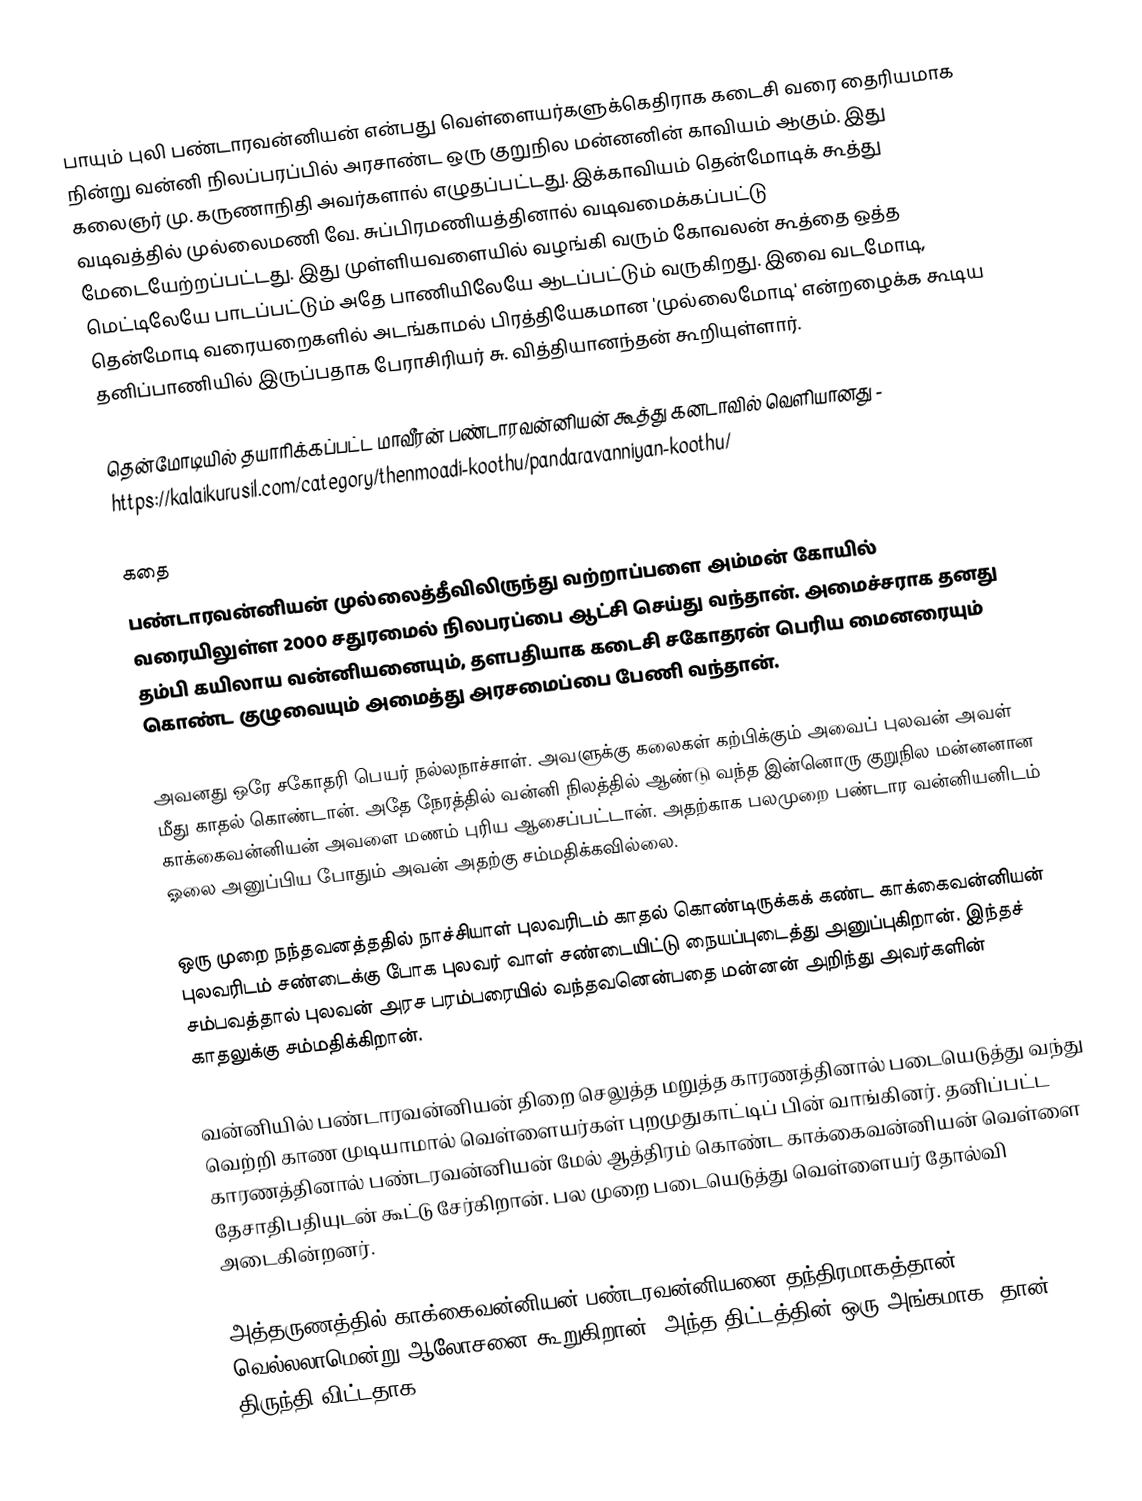
பாயும் புலி பண்டாரவன்னியன் என்பது வெள்ளையர்களுக்கெதிராக கடைசி வரை தைரியமாக நின்று வன்னி நிலப்பரப்பில் அரசாண்ட ஒரு குறுநில மன்னனின் காவியம் ஆகும். இது கலைஞர் மு. கருணாநிதி அவர்களால் எழுதப்பட்டது. இக்காவியம் தென்மோடிக் கூத்து வடிவத்தில் முல்லைமணி வே. சுப்பிரமணியத்தினால் வடிவமைக்கப்பட்டு மேடையேற்றப்பட்டது. இது முள்ளியவளையில் வழங்கி வரும் கோவலன் கூத்தை ஒத்த மெட்டிலேயே பாடப்பட்டும் அதே பாணியிலேயே ஆடப்பட்டும் வருகிறது. இவை வடமோடி, தென்மோடி வரையறைகளில் அடங்காமல் பிரத்தியேகமான 'முல்லைமோடி' என்றழைக்க கூடிய தனிப்பாணியில் இருப்பதாக பேராசிரியர் சு. வித்தியானந்தன் கூறியுள்ளார்.

தென்மோடியில் தயாரிக்கப்பட்ட மாவீரன் பண்டாரவன்னியன் கூத்து கனடாவில் வெளியானது - https://kalaikurusil.com/category/thenmoadi-koothu/pandaravanniyan-koothu/

கதை
பண்டாரவன்னியன் முல்லைத்தீவிலிருந்து வற்றாப்பளை அம்மன் கோயில் வரையிலுள்ள 2000 சதுரமைல் நிலபரப்பை ஆட்சி செய்து வந்தான். அமைச்சராக தனது தம்பி கயிலாய வன்னியனையும், தளபதியாக கடைசி சகோதரன் பெரிய மைனரையும் கொண்ட குழுவையும் அமைத்து அரசமைப்பை பேணி வந்தான்.

அவனது ஒரே சகோதரி பெயர் நல்லநாச்சாள். அவளுக்கு கலைகள் கற்பிக்கும் அவைப் புலவன் அவள் மீது காதல் கொண்டான். அதே நேரத்தில் வன்னி நிலத்தில் ஆண்டு வந்த இன்னொரு குறுநில மன்னனான காக்கைவன்னியன் அவளை மணம் புரிய ஆசைப்பட்டான். அதற்காக பலமுறை பண்டார வன்னியனிடம் ஓலை அனுப்பிய போதும் அவன் அதற்கு சம்மதிக்கவில்லை.

ஒரு முறை நந்தவனத்ததில் நாச்சியாள் புலவரிடம் காதல் கொண்டிருக்கக் கண்ட காக்கைவன்னியன் புலவரிடம் சண்டைக்கு போக புலவர் வாள் சண்டையிட்டு நையப்புடைத்து அனுப்புகிறான். இந்தச் சம்பவத்தால் புலவன் அரச பரம்பரையில் வந்தவனென்பதை மன்னன் அறிந்து அவர்களின் காதலுக்கு சம்மதிக்கிறான்.

வன்னியில் பண்டாரவன்னியன் திறை செலுத்த மறுத்த காரணத்தினால் படையெடுத்து வந்து வெற்றி காண முடியாமால் வெள்ளையர்கள் புறமுதுகாட்டிப் பின் வாங்கினர். தனிப்பட்ட காரணத்தினால் பண்டரவன்னியன் மேல் ஆத்திரம் கொண்ட காக்கைவன்னியன் வெள்ளை தேசாதிபதியுடன் கூட்டு சேர்கிறான். பல முறை படையெடுத்து வெள்ளையர் தோல்வி அடைகின்றனர்.

அத்தருணத்தில் காக்கைவன்னியன் பண்டரவன்னியனை தந்திரமாகத்தான் வெல்லலாமென்று ஆலோசனை கூறுகிறான். அந்த திட்டத்தின் ஒரு அங்கமாக, தான் திருந்தி விட்டதாக